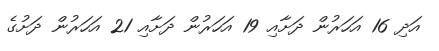
އަދި 16 އަހަރުން ދަށާއި 19 އަހަރުން ދަށާއި 21 އަހަރުން ދަށުގެ